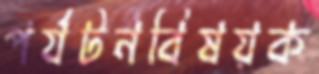
পর্যটনবিষয়ক